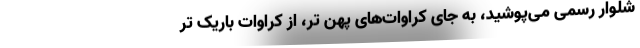
شلوار رسمی می‌پوشید، به جای کراوات‌های پهن تر، از کراوات باریک تر